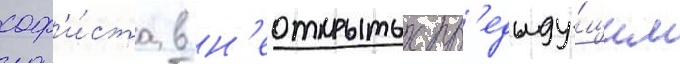
соф'и́ста в н'еоткрытых пр'едыду́щим